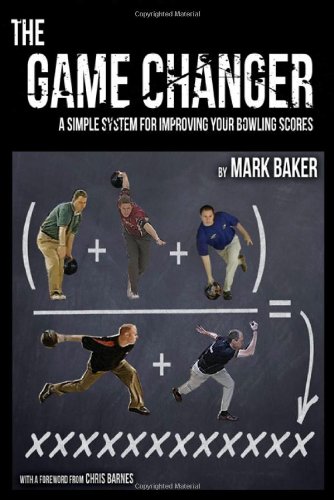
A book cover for The Game Changer: A Simple System for Improving Your Bowling Ccores; Mark Baker; Sports & Outdoors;